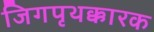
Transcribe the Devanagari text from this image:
जिगपृथक्कारक